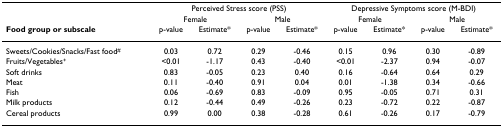
<table><thead><tr><td></td><td colspan="4"><b>Perceived Stress score (PSS)</b></td><td colspan="4"><b>Depressive Symptoms score (M-BDI)</b></td></tr><tr><td></td><td colspan="2"><b>Female</b></td><td colspan="2"><b>Male</b></td><td colspan="2"><b>Female</b></td><td colspan="2"><b>Male</b></td></tr><tr><td><b>Food group or subscale</b></td><td><b>p-value</b></td><td><b>Estimate*</b></td><td><b>p-value</b></td><td><b>Estimate*</b></td><td><b>p-value</b></td><td><b>Estimate*</b></td><td><b>p-value</b></td><td><b>Estimate*</b></td></tr></thead><tbody><tr><td>Sweets/Cookies/Snacks/Fast food<sup>#</sup></td><td>0.03</td><td>0.72</td><td>0.29</td><td>-0.46</td><td>0.15</td><td>0.96</td><td>0.30</td><td>-0.89</td></tr><tr><td>Fruits/Vegetables<sup>+</sup></td><td>&lt;0.01</td><td>-1.17</td><td>0.43</td><td>-0.40</td><td>&lt;0.01</td><td>-2.37</td><td>0.94</td><td>-0.07</td></tr><tr><td>Soft drinks</td><td>0.83</td><td>-0.05</td><td>0.23</td><td>0.40</td><td>0.16</td><td>-0.64</td><td>0.64</td><td>0.29</td></tr><tr><td>Meat</td><td>0.11</td><td>-0.40</td><td>0.91</td><td>0.04</td><td>0.01</td><td>-1.38</td><td>0.34</td><td>-0.66</td></tr><tr><td>Fish</td><td>0.06</td><td>-0.69</td><td>0.83</td><td>-0.09</td><td>0.95</td><td>-0.05</td><td>0.71</td><td>0.31</td></tr><tr><td>Milk products</td><td>0.12</td><td>-0.44</td><td>0.49</td><td>-0.26</td><td>0.23</td><td>-0.72</td><td>0.22</td><td>-0.87</td></tr><tr><td>Cereal products</td><td>0.99</td><td>0.00</td><td>0.38</td><td>-0.28</td><td>0.61</td><td>-0.26</td><td>0.17</td><td>-0.79</td></tr></tbody></table>